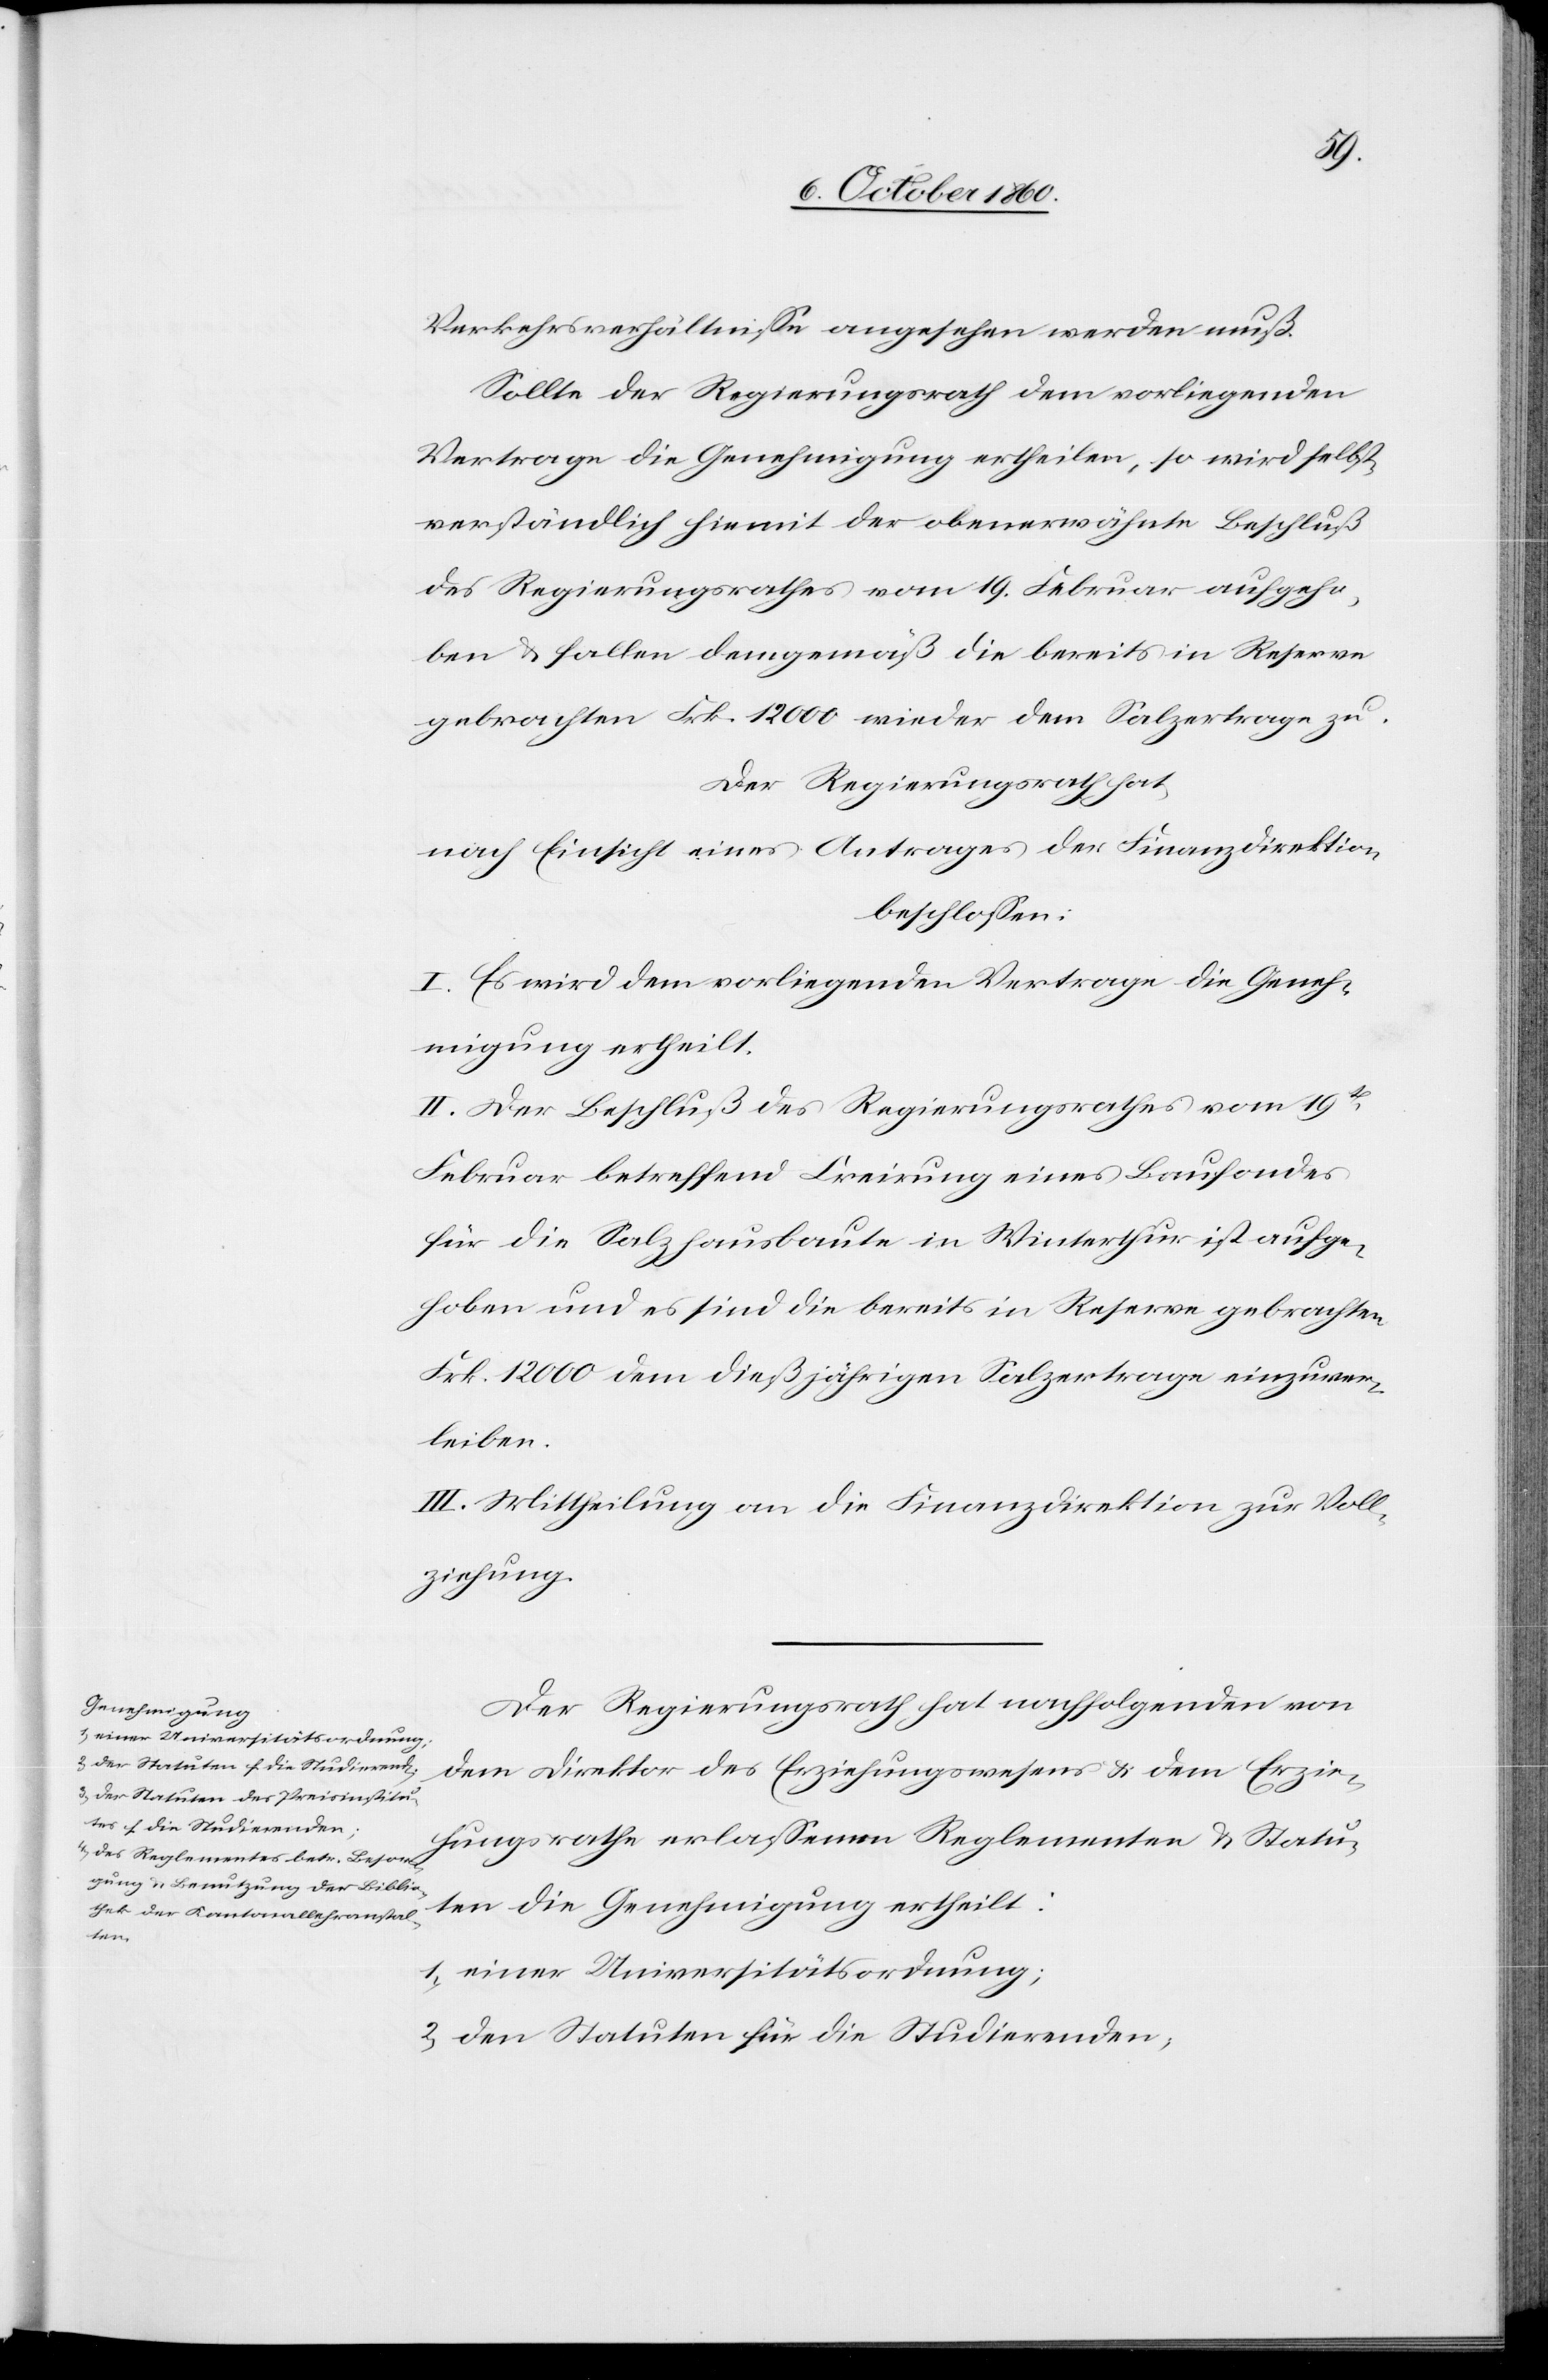
1) einer Universitätsordnung;

Verkehrsverhältnisse angesehen werden muß.
Sollte der Regierungsrath dem vorliegenden
Vertrage die Genehmigung ertheilen, so wird selbst¬
verständlich hiemit der obenerwähnte Beschluß
des Regierungsrathes vom 19. Februar aufgeho¬
ben u. fallen demgemäß die bereits in Reserve
gebrachten Frk. 12 000 wieder dem Salzertrage zu.
Der Regierungsrath hat,
nach Einsicht eines Antrages der Finanzdirektion,
beschlossen:
I. Es wird dem vorliegenden Vertrage die Geneh¬
migung ertheilt.
II. Der Beschluß des Regierungsrathes vom 19t[en]
Februar betreffend Creirung eines Baufondes
für die Salzhausbaute in Winterthur ist aufge¬
hoben und es sind die bereits in Reserve gebrachten
Frk. 12 000 dem dießjährigen Salzertrage einzuver¬
leiben.
III. Mittheilung an die Finanzdirektion zur Voll¬
ziehung.
Der Regierungsrath hat nachfolgenden von
dem Direktor des Erziehungswesens u. dem Erzie¬
hungsrathe erlassenen Reglementen u. Statu¬
ten die Genehmigung ertheilt:
2) den Statuten für die Studierenden,